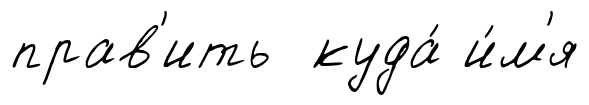
прав'ить куда́ и́м'я